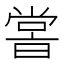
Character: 𡮢